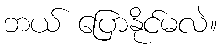
ဘယ် ပြောနိုင်မလဲ။